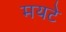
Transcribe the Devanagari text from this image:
मयटे